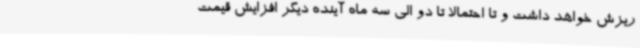
ریزش خواهد داشت و تا احتمالا تا دو الی سه ماه آینده دیگر افزایش قیمت